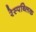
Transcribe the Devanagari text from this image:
रेस्पब्लिक